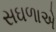
સઘળાએ